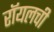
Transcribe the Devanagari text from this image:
रॉयलची